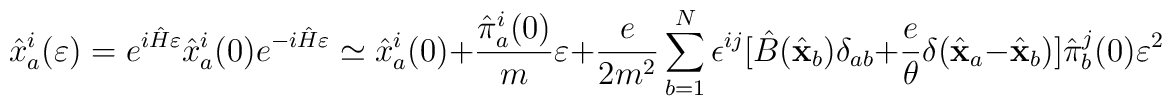
{\hat x}^i_a(\varepsilon)=e^{i{\hat H}\varepsilon} {\hat x}^i_a (0)e^{-i{\hat H}\varepsilon}\simeq {\hat x}^i_a(0)+{{\hat \pi}^i_a(0)\over m}\varepsilon +{e\over 2m^2}\sum_{b=1}^N\epsilon^{ij}[{\hat B}({\hat{\bf x}}_b)\delta_{ab}+{e\over\theta}\delta ({\hat{\bf x}}_a-{\hat{\bf x}}_b)]{\hat \pi}^j_b(0)\varepsilon^2